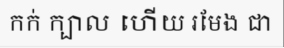
កក់ ក្បាល ហើយ រមែង ជា